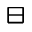
\boxminus